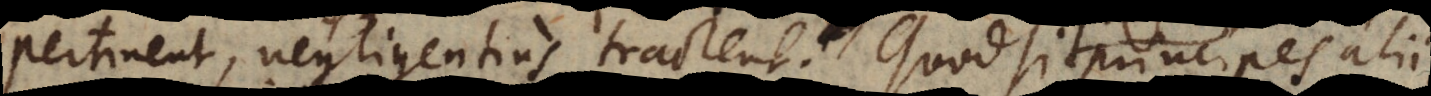
pertinent, negligentius tractent. Quodsi principes aliique